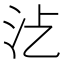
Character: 𣲁